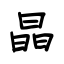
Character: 晶